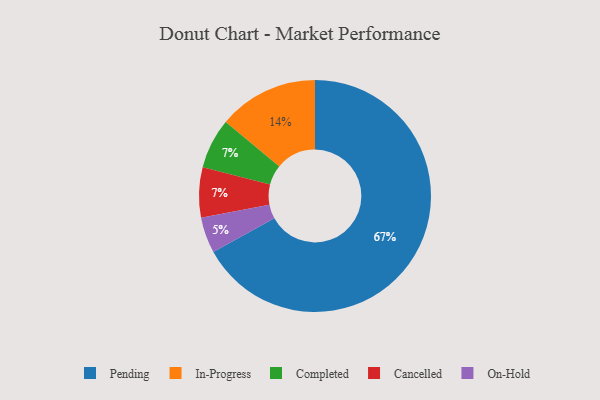
{"axis": {"x": "Category", "y": "Percentage"}, "legend": ["Cancelled", "Completed", "In-Progress", "On-Hold", "Pending"], "data": [{"x": "Completed", "y": 7, "type": "Completed"}, {"x": "Pending", "y": 67, "type": "Pending"}, {"x": "In-Progress", "y": 14, "type": "In-Progress"}, {"x": "On-Hold", "y": 5, "type": "On-Hold"}, {"x": "Cancelled", "y": 7, "type": "Cancelled"}]}